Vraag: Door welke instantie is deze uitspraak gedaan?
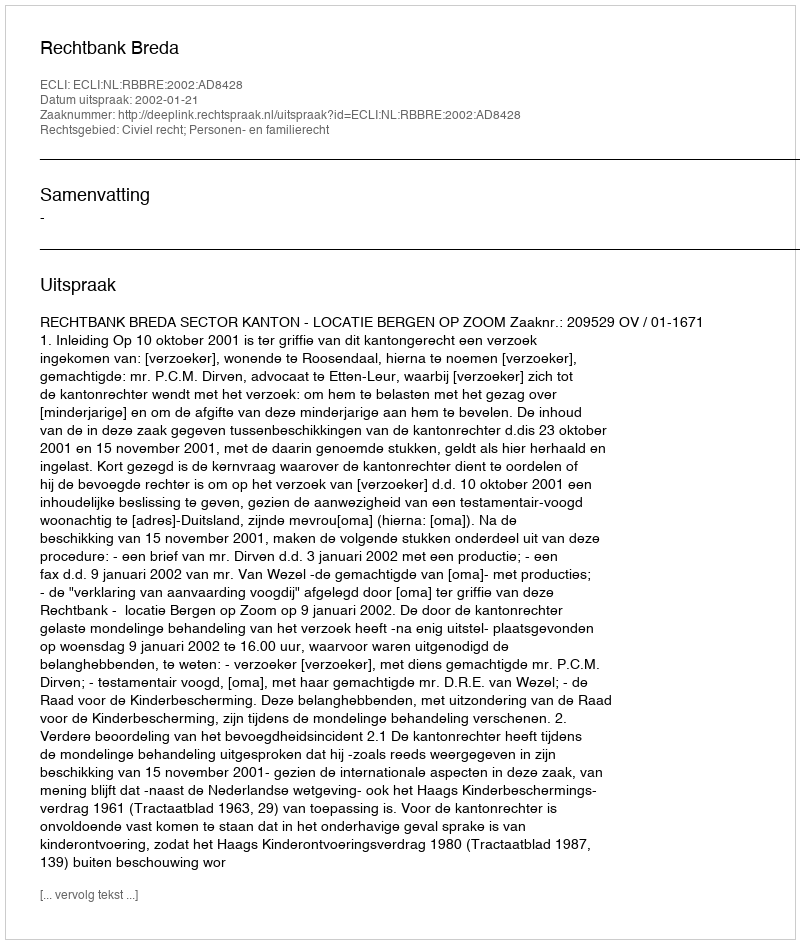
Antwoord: Rechtbank Breda